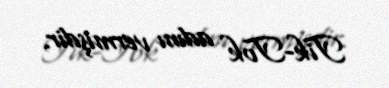
Tik-Tok adını vermişdir.